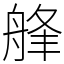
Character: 艂